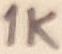
Text: 1K